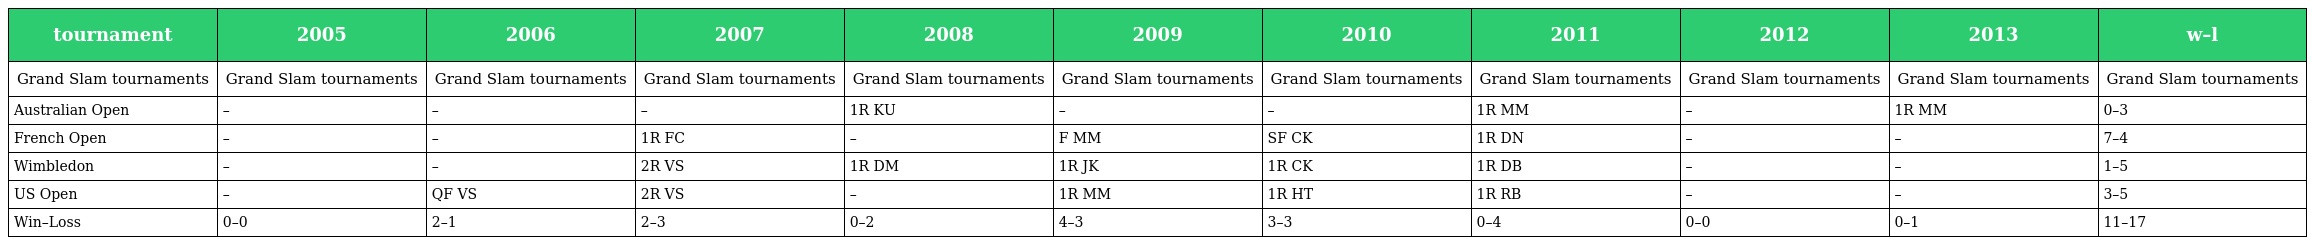
| tournament | 2005 | 2006 | 2007 | 2008 | 2009 | 2010 | 2011 | 2012 | 2013 | w–l |
 | --- | --- | --- | --- | --- | --- | --- | --- | --- | --- | --- |
 | Grand Slam tournaments | Grand Slam tournaments | Grand Slam tournaments | Grand Slam tournaments | Grand Slam tournaments | Grand Slam tournaments | Grand Slam tournaments | Grand Slam tournaments | Grand Slam tournaments | Grand Slam tournaments | Grand Slam tournaments |
 | Australian Open | – | – | – | 1R KU | – | – | 1R MM | – | 1R MM | 0–3 |
 | French Open | – | – | 1R FC | – | F MM | SF CK | 1R DN | – | – | 7–4 |
 | Wimbledon | – | – | 2R VS | 1R DM | 1R JK | 1R CK | 1R DB | – | – | 1–5 |
 | US Open | – | QF VS | 2R VS | – | 1R MM | 1R HT | 1R RB | – | – | 3–5 |
 | Win–Loss | 0–0 | 2–1 | 2–3 | 0–2 | 4–3 | 3–3 | 0–4 | 0–0 | 0–1 | 11–17 |